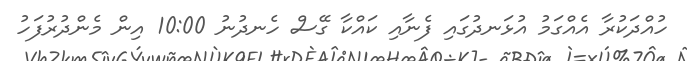
ހުއްދަކުރާ އެއްގަމު އުޅަނދުގައި ފެނާއި ކައްކާ ގޭސް ހެނދުނު 10:00 އިން މެންދުރުފަހު